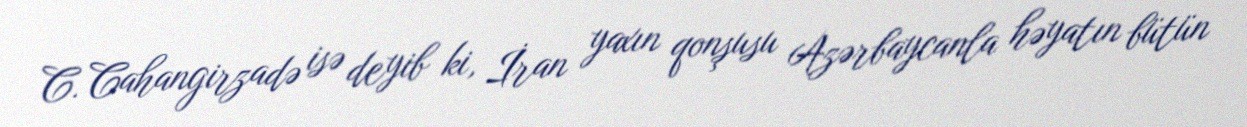
C. Cahangirzadə isə deyib ki, İran yaxın qonşusu Azərbaycanla həyatın bütün